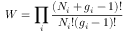
W = \prod _ { i } { \frac { ( N _ { i } + g _ { i } - 1 ) ! } { N _ { i } ! ( g _ { i } - 1 ) ! } }